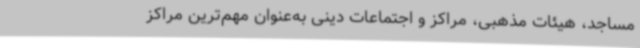
مساجد، هیئات مذهبی، مراکز و اجتماعات دینی به‌عنوان مهم‌ترین مراکز